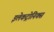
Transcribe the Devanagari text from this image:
इलेकट्रोनिक्स